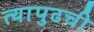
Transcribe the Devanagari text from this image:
त्यापुढची